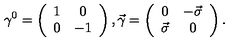
\gamma ^ { 0 } = \left( \begin{array} { c c } { 1 } & { 0 } \\ { 0 } & { - 1 } \\ \end{array} \right) , \vec { \gamma } = \left( \begin{array} { c c } { 0 } & { - \vec { \sigma } } \\ { \vec { \sigma } } & { 0 } \\ \end{array} \right) .